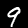
Label: 9